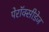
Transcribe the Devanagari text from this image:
पेरॉक्सीडेज